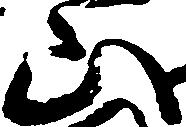
山